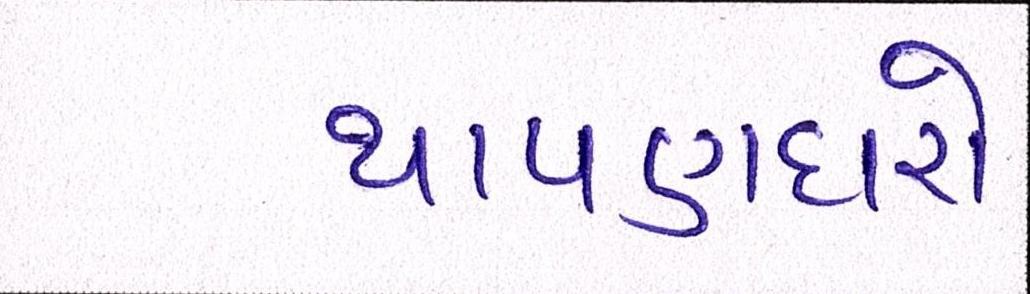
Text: થાપણદારો